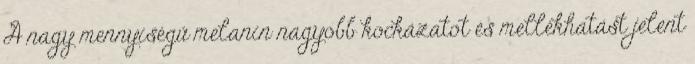
A nagy mennyiségű melanin nagyobb kockázatot és mellékhatást jelent